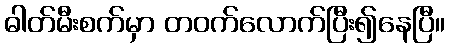
ဓါတ်မီးစက်မှာ တဝက်လောက်ပြီး၍နေပြီ။